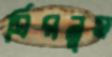
ঘিরলুম